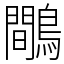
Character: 鷼